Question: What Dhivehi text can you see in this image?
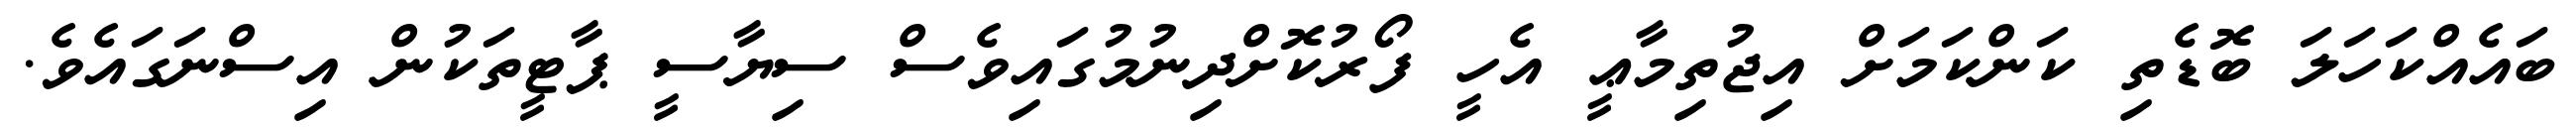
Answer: ބައެއްކަހަލަ ބޮޑެތި ކަންކަމަށް އިޖުތިމާޢީ އެހީ ފޯރުކޮށްދިނުމުގައިވެސް ސިޔާސީ ޕާޓީތަކުން އިސްނަގައެވެ.